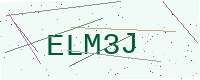
Text: ELM3J